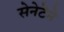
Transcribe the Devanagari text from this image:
सेनेटेने